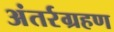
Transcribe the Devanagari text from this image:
अंतर्रग्रहण